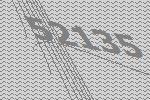
52135